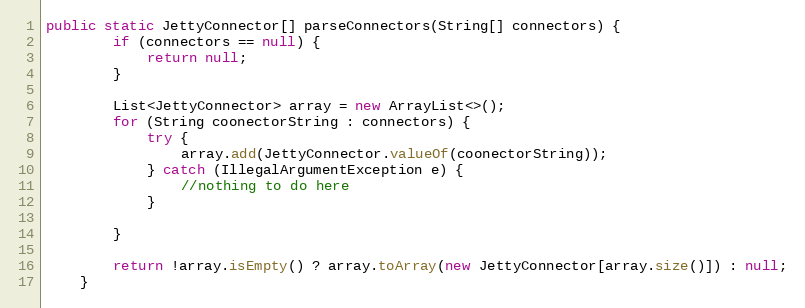
Language: Java
public static JettyConnector[] parseConnectors(String[] connectors) {
        if (connectors == null) {
            return null;
        }

        List<JettyConnector> array = new ArrayList<>();
        for (String coonectorString : connectors) {
            try {
                array.add(JettyConnector.valueOf(coonectorString));
            } catch (IllegalArgumentException e) {
                //nothing to do here
            }

        }

        return !array.isEmpty() ? array.toArray(new JettyConnector[array.size()]) : null;
    }